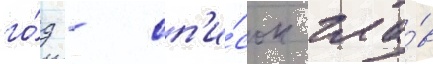
го́д - сп'и́сок гла́в